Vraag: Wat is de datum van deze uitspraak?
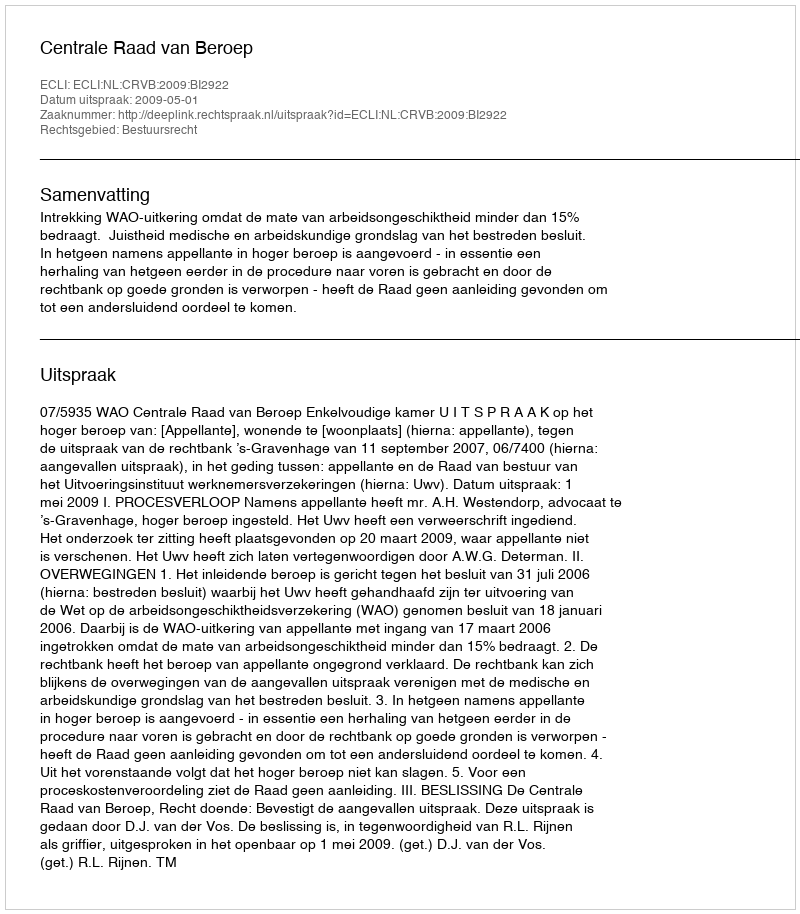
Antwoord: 2009-05-01